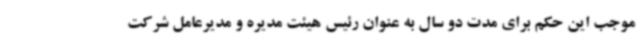
موجب این حکم برای مدت دو سال به عنوان رئیس هیئت مدیره و مدیرعامل شرکت